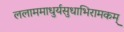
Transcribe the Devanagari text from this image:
ललाममाधुर्यसुधाभिरामकम्